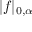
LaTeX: | f | _ { 0 , \alpha }